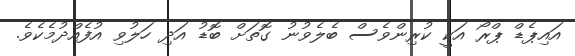
އައިޕެޑް ޕްރޯ އަކީ ކުރިންވެސް ބެލެވުނު ގޮތަށް ބޮޑު އަދި ހަލުވި އުފެއްދުމެކެވެ.